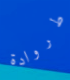
طروادة